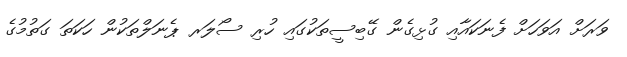
ވަރަށް އަވަހަށް ފެނަކައާއި ގުޅިގެން ގޭބިސީތަކުގައި ހުރި ސޯލަރ ޕެނަލްތަކުން ހަކަތަ ގަތުމުގެ